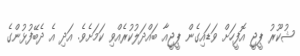
ޝުކޫރު ޕީޖީ އޮފީހަށް ވަޑައިގެން ޕީޖީއާ ބައްދަލުކުރެއްވި ކަމަށެވެ. އަދި އެ ދެބޭފުޅުންގެ